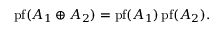
\operatorname { p f } ( A _ { 1 } \oplus A _ { 2 } ) = \operatorname { p f } ( A _ { 1 } ) \operatorname { p f } ( A _ { 2 } ) .